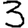
Digit: 3